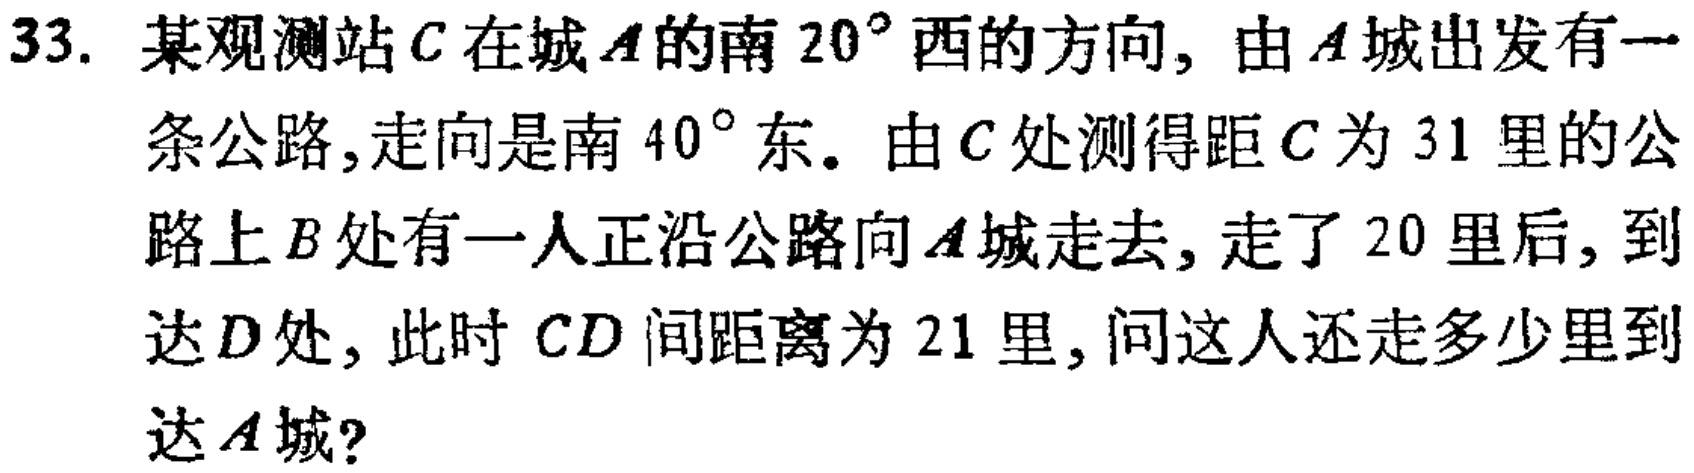
33. 某观测站\(C\)在城\(A\)的南\(20^{\circ}\)西的方向, 由\(A\)城出发有一条公路, 走向是南\(40^{\circ}\)东。由\(C\)处测得距\(C\)为\(31\)里的公路上\(B\)处有一人正沿公路向\(A\)城走去, 走了\(20\)里后, 到达\(D\)处, 此时 \(CD\) 间距离为\(21\)里, 问这人还走多少里到达\(A\)城?